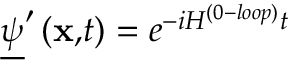
\underline { { { \psi } } } ^ { \prime } \left( \mathbf { x , } t \right) = e ^ { - i H ^ { ( 0 - l o o p ) } t }